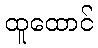
ထူထောင်